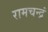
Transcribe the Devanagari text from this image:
रामचन्द्रं